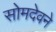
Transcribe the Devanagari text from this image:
सोमदेवने